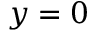
y = 0